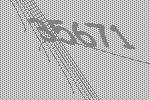
35671